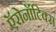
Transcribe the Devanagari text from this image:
ऍरोनॉटिक्स